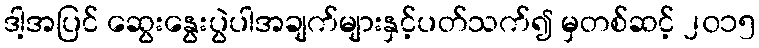
ဒါ့အပြင် ဆွေးနွေးပွဲပါအချက်များနှင့်ပတ်သက်၍ မှတစ်ဆင့် ၂၀၁၅